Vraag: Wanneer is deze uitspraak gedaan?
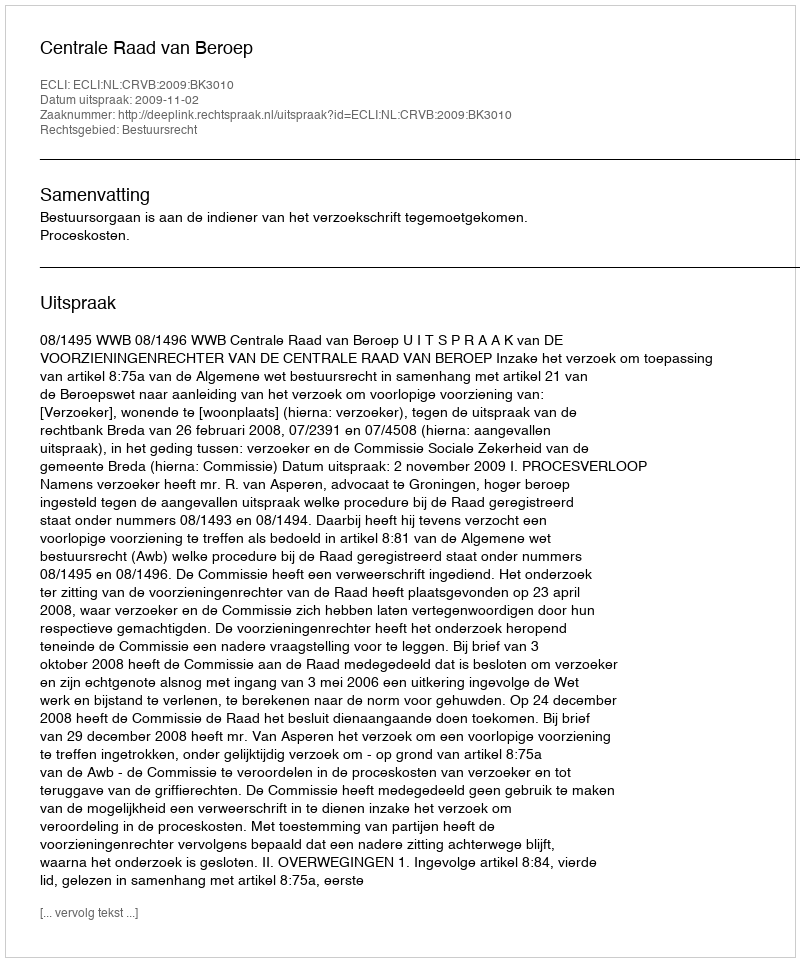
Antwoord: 2009-11-02